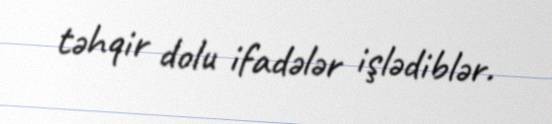
təhqir dolu ifadələr işlədiblər.